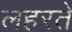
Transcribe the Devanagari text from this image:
लहरते